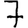
Digit: 7